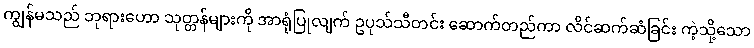
ကျွန်မသည် ဘုရားဟော သုတ္တန်များကို အာရုံပြုလျက် ဥပုသ်သီတင်း ဆောက်တည်ကာ လိင်ဆက်ဆံခြင်း ကဲ့သို့သော